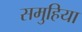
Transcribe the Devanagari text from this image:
समुहिया